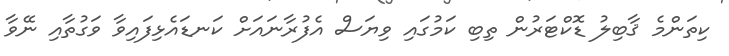
ކިތަންމެ ޤާބިލު ޑޮކްޓަރުން ތިބި ކަމުގައި ވިޔަސް އެފުރާނައަށް ކަނޑައެޅިފައިވާ ވަގުތާއި ނޭވާ